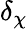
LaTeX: \delta_{\chi}